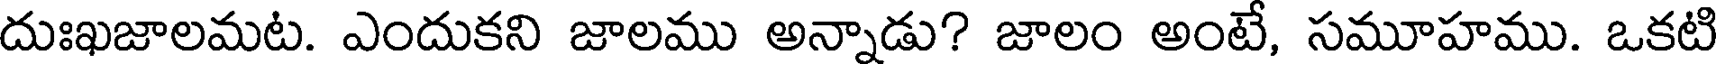
దుఃఖజాలమట. ఎందుకని జాలము అన్నాడు? జాలం అంటే, సమూహము. ఒకటి